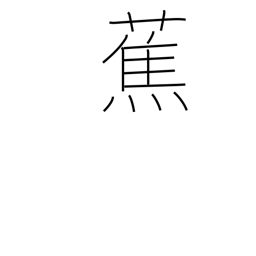
Meaning: plantain